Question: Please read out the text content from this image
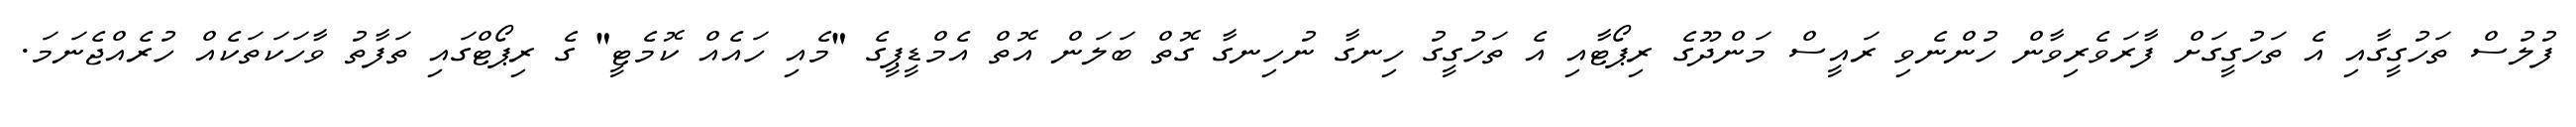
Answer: ފުލުސް ތަހުގީގާއި އެ ތަހުގީގަށް ފާރަވެރިވާން ހުންނެވި ރައީސް މަންދޫގެ ރިޕޯޓާއި އެ ތަހުގީގު ހިނގާ ނުހިނގާ ގޮތް ބަލަން އޮތް އެމްޑީޕީގެ "މެއި ހައެއް ކޮމެޓީ" ގެ ރިޕޯޓްގައި ތަފާތު ވާހަކަތަކެއް ހުރެއްޖެނަމަ.